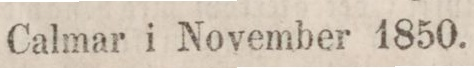
Calmar i November 1850.